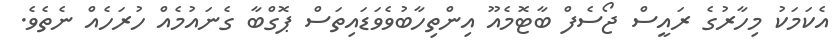
އެކަމަކު މިހާރުގެ ރައީސް ޖޯސެފް ބާޓޮމެއޫ އިންތިހާބުވެވަޑައިތަސް ޕޮގްބާ ގެނައުމެއް ހުރަހެއް ނެތެެވެ.